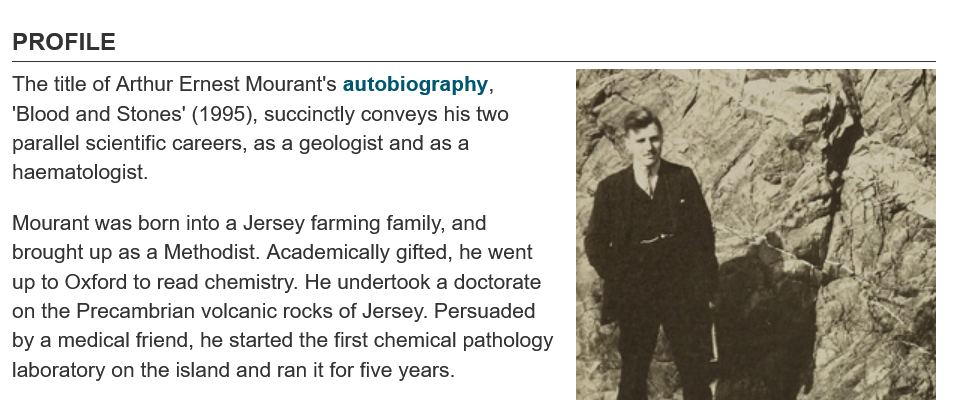
PROFILE
  The title of Arthur Ernest Mourant's autobiography,
  ‘Blood and Stones' (1995), succinctly conveys his two
  parallel scientific careers, as a geologist and as a
  haematologist.
  Mourant was born into a Jersey farming family, and
  brought up as a Methodist. Academically gifted, he went
  up to Oxford to read chemistry. He undertook a doctorate
  on the Precambrian volcanic rocks of Jersey. Persuaded
  by a medical friend, he started the first chemical pathology
  laboratory on the island and ran it for five years.